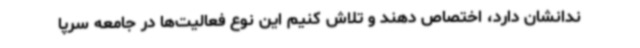
ندانشان دارد، اختصاص دهند و تلاش کنیم این نوع فعالیت‌ها در جامعه سرپا